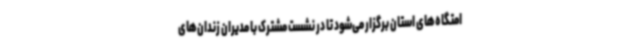
امتگاه‌های استان برگزار می‌شود تا در نشست مشترک با مدیران زندان‌های